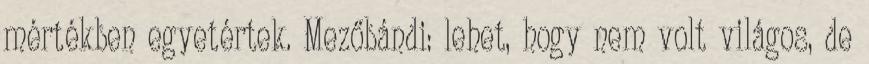
mértékben egyetértek. Mezőbándi: lehet, hogy nem volt világos, de